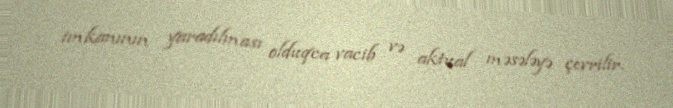
imkanının yaradılması olduqca vacib və aktual məsələyə çevrilir.